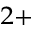
^ { 2 + }